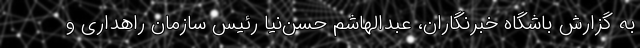
به گزارش باشگاه خبرنگاران، عبدالهاشم حسن‌نیا رئیس سازمان راهداری و